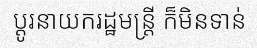
ប្តូរនាយករដ្ឋមន្ត្រី ក៏មិនទាន់